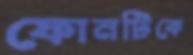
ফোনটিকে